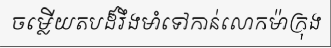
ចម្លើយតបដ៏រឹងមាំទៅកាន់លោកម៉ាក្រុង